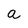
Character: a